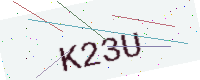
Text: K23U